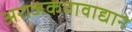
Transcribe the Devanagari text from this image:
अराजकतावाद्याने